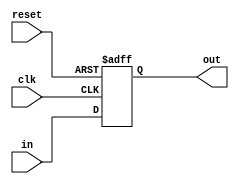
`timescale 1ns / 1ps

//Program counter with reset 
module program_counter(
    input [31:0] in, 
    input clk, reset,
    output reg [31:0] out
    );
    
    always @ (posedge clk, posedge reset) begin 
        if (reset) begin 
            out = 32'h00000000;
        end
        else begin 
            out = in;
        end
    end 
    
endmodule